画像に写った文字を読んでください
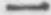
「一」と書いてあります